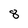
Character: 8